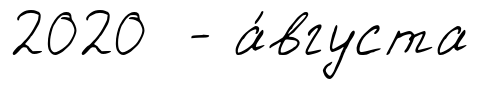
2020 - а́вгуста